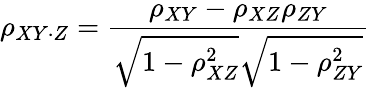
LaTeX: \rho_{XY\cdot Z}={\frac{\rho_{XY}-\rho_{XZ}\rho_{ZY}}{{\sqrt{1-\rho_{XZ}^{2}}}{\sqrt{1-\rho_{ZY}^{2}}}}}